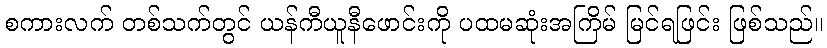
စကားလက် တစ်သက်တွင် ယန်ကီယူနီဖောင်းကို ပထမဆုံးအကြိမ် မြင်ရဖြင်း ဖြစ်သည်။